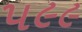
૫૯૯